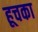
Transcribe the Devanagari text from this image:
हूचका